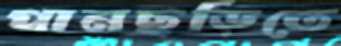
পানছড়িতে